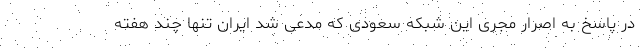
در پاسخ به اصرار مجری این شبکه سعودی که مدعی شد ایران تنها چند هفته